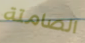
الصامتة